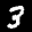
Label: 3